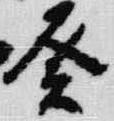
癸